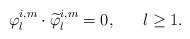
LaTeX: \begin{align*}\varphi^{i,m}_{l}\cdot\widetilde{\varphi}^{i,m}_{l}=0,\ \ \ \ \ l\geq 1.\end{align*}